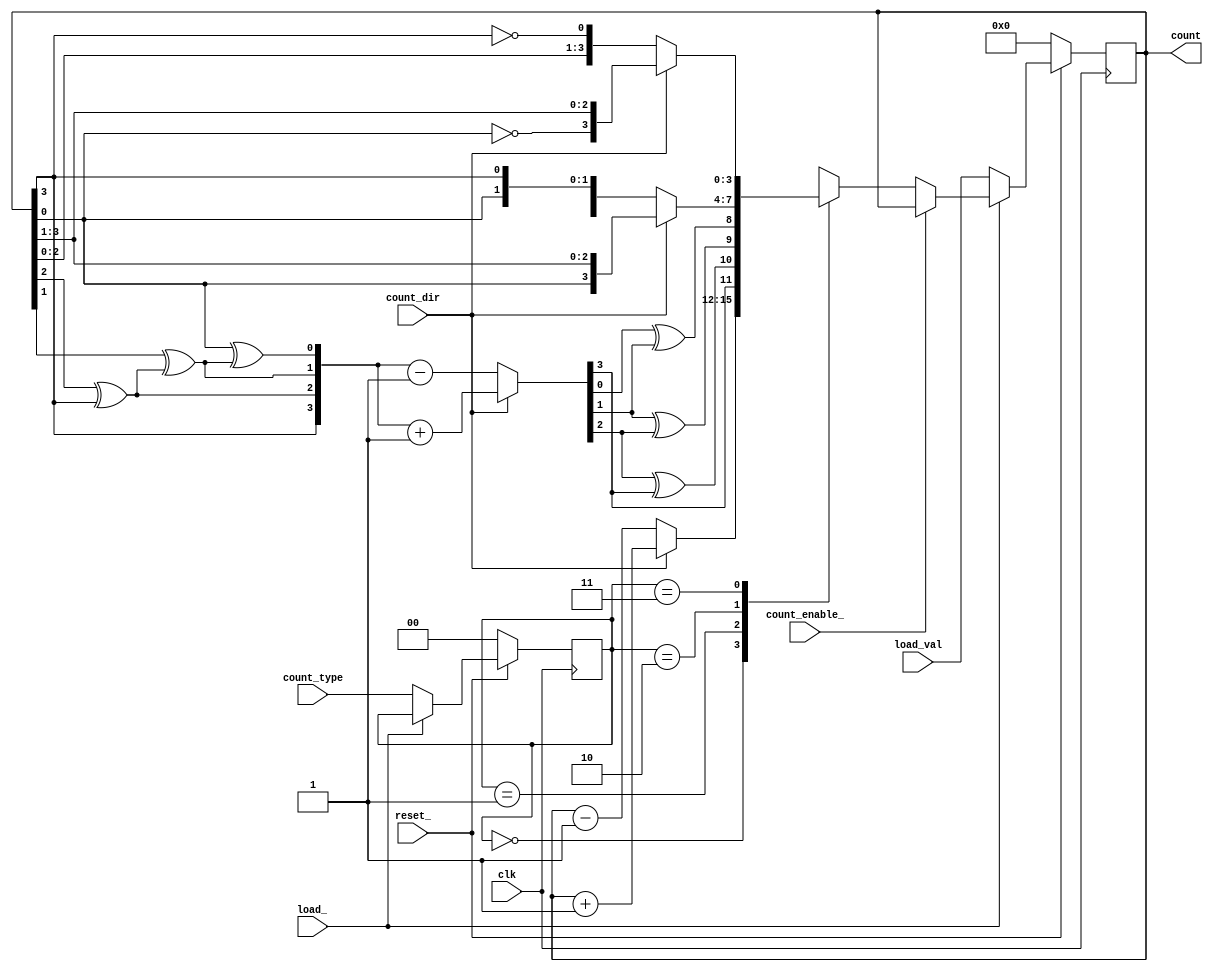
module counter_top
	(
		clk,
		reset_,
		count_dir,
		count_enable_,
		count_type,
		load_,
		load_val,
		count
	);

parameter COUNT_WIDTH = 4;

// count_type values:
// - 2'd0 = binary (default)
// - 2'd1 = gray
// - 2'd2 = ring
// - 2'd3 = johnson

// count_dir values:
// - 1'b0 = down
// - 1'b1 = up (default)
input clk;
input reset_;
input count_dir;
input count_enable_;
input [1:0] count_type;
input load_;
input [COUNT_WIDTH-1:0] load_val;

output reg [COUNT_WIDTH-1:0] count;

reg [COUNT_WIDTH-1:0] count_d;
reg [COUNT_WIDTH-1:0] count_bin;
reg [1:0] count_type_ff, count_type_d;

// combinational process
always @(*) begin
	count_d = count;
	count_type_d = count_type_ff;
	if (!load_) begin
		count_d = load_val;
		count_type_d = count_type;
	end
	else begin
		if (!count_enable_) begin
			case (count_type_ff)
				2'd0: //binary
					begin
						if (count_dir) begin
							count_d = count + 'h1;
						end
						else begin
							count_d = count - 'h1;
						end
					end
				2'd1: //gray
					begin
						gray2bin(count,count_bin);
						if (count_dir) begin
							count_bin = count_bin + 'h1;
						end
						else begin
							count_bin = count_bin - 'h1;
						end
						bin2gray(count_bin,count_d);
					end
				2'd2: //ring
					begin
						if (count_dir) begin
							count_d = {count[0], count[COUNT_WIDTH-1:1]};
						end
						else begin
							count_d = {count[COUNT_WIDTH-2:0],count[COUNT_WIDTH-1]};
						end
					end
				2'd3: //johnson
					begin
						if (count_dir) begin
							count_d = {~count[0], count[COUNT_WIDTH-1:1]};
						end
						else begin
							count_d = {count[COUNT_WIDTH-2:0],~count[COUNT_WIDTH-1]};
						end
					end	
				default:
					$display("Can't get here!\n");
			endcase
		end
	end
end

// flip-flops
always @(posedge clk) begin
	if (!reset_) begin
		count <= 'h0;
		count_type_ff <= 2'd0; //reset to binary
	end
	else begin
		count <= count_d;
		count_type_ff <= count_type_d;
	end
end

task bin2gray;
	input [COUNT_WIDTH-1:0] bin;
	output [COUNT_WIDTH-1:0] gray;
	
	integer i;
	
	begin
		for (i=0;i<=COUNT_WIDTH-2;i=i+1) begin
			gray[i] = bin[i] ^ bin[i+1];
		end
		gray[COUNT_WIDTH-1] = bin[COUNT_WIDTH-1];
	end
endtask

task gray2bin;
	input [COUNT_WIDTH-1:0] gray;
	output [COUNT_WIDTH-1:0] bin;
	
	integer i;
	
	begin
		bin[COUNT_WIDTH-1] = gray[COUNT_WIDTH-1];
		for (i=COUNT_WIDTH-2;i>=0;i=i-1) begin
			bin[i] = gray[i] ^ bin[i+1];
		end
	end	
endtask

endmodule